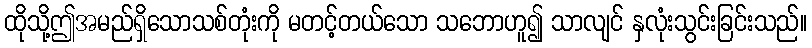
ထိုသို့ဤအမည်ရှိသောသစ်တုံးကို မတင့်တယ်သော သဘောဟူ၍ သာလျင် နှလုံးသွင်းခြင်းသည်။